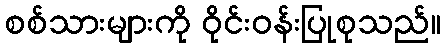
စစ်သားများကို ဝိုင်းဝန်းပြုစုသည်။